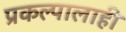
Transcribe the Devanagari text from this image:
प्रकल्पालाही